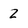
Character: 2